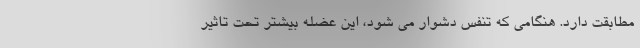
مطابقت دارد. هنگامی که تنفس دشوار می شود، این عضله بیشتر تحت تاثیر